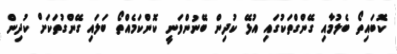
ކޮބައިތޯ ބެލުމާއި ގޭންގްތަކުގައި އުޅޭ ކުދިން ބޭނުންވަނީ ކޮންކަމެއްތޯ ބަލައި ގޭންގުތަކަށް ކުދިން